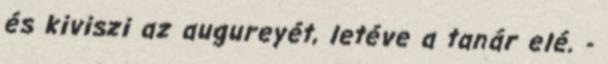
és kiviszi az augureyét, letéve a tanár elé. -